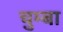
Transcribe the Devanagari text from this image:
चुम्बा